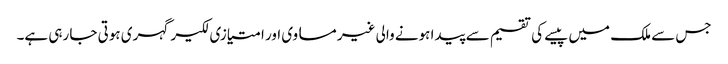
جس سے ملک میں پیسے کی تقسیم سے پیدا ہونے والی غیر مساوی اور امتیازی لکیر گہری ہوتی جا رہی ہے۔